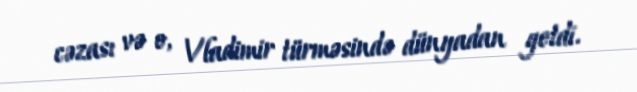
cəzası və o, Vladimir türməsində dünyadan getdi.